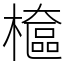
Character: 檶